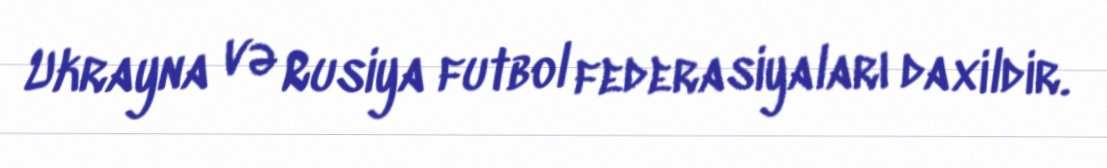
Ukrayna və Rusiya futbol federasiyaları daxildir.